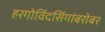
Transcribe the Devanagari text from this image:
हरगोविंदसिंगांबरोबर